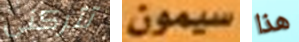
تتركنى سيمون هذا